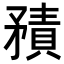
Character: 𥎍